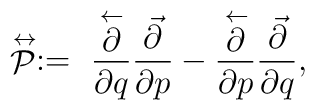
\stackrel{\leftrightarrow}{\cal P} := \ \frac{ \stackrel{\leftarrow}{\partial}}{\partial q} \frac{ \vec \partial}{\partial p} - \frac{ \stackrel{\leftarrow}{\partial}}{\partial p}\frac{ \vec \partial}{\partial q},